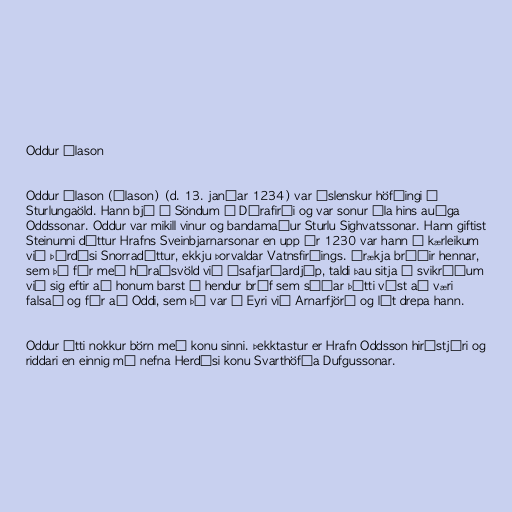
Oddur Álason

Oddur Álason (Ólason) (d. 13. janúar 1234) var íslenskur höfðingi á
Sturlungaöld. Hann bjó á Söndum í Dýrafirði og var sonur Ála hins auðga
Oddssonar. Oddur var mikill vinur og bandamaður Sturlu Sighvatssonar. Hann giftist
Steinunni dóttur Hrafns Sveinbjarnarsonar en upp úr 1230 var hann í kærleikum
við Þórdísi Snorradóttur, ekkju Þorvaldar Vatnsfirðings. Órækja bróðir hennar,
sem þá fór með héraðsvöld við Ísafjarðardjúp, taldi þau sitja á svikráðum
við sig eftir að honum barst í hendur bréf sem síðar þótti víst að væri
falsað og fór að Oddi, sem þá var á Eyri við Arnarfjörð og lét drepa hann.

Oddur átti nokkur börn með konu sinni. Þekktastur er Hrafn Oddsson hirðstjóri og
riddari en einnig má nefna Herdísi konu Svarthöfða Dufgussonar.